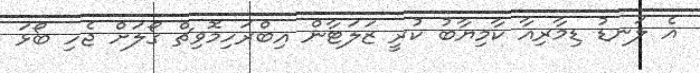
އެ ލަނޑު ޑިމާރިއާ ކާމިޔާބު ކުރީ ޒަލަޓާން އިބްރަހިމޮވިޗް ގޯލަށް ޖެހި ބޯޅަ